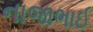
નાજાભાઈ